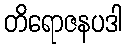
တိရောဇနပဒါ